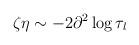
LaTeX: \begin{align*}\zeta \eta \sim - 2 \partial^2 \log \tau_l\end{align*}